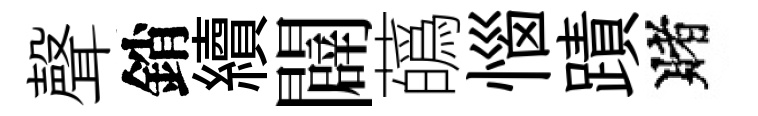
聲銷續闢蘤惱蹟賭